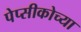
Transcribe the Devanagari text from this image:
पेप्सीकोच्या